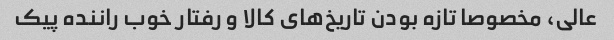
عالی، مخصوصا تازه بودن تاریخ‌های کالا و رفتار خوب راننده پیک